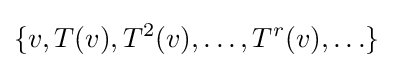
\{v,T(v),T^{2}(v),\ldots ,T^{r}(v),\ldots \}